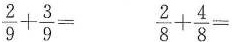
$$\frac{2}{9}+ \frac{3}{9}=$$ $$\frac{2}{8}+ \frac{4}{8}=$$